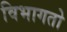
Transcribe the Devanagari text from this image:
विभागतो